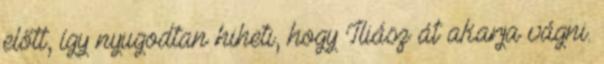
előtt, így nyugodtan hiheti, hogy Iliász át akarja vágni.